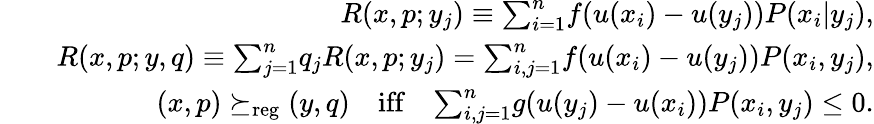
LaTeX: \begin{array}{rlr}&{}&{R(x,p;y_{j})\equiv{\sum}_{i=1}^{n}f(u(x_{i})-u(y_{j}))P(x_{i}|y_{j}),}\\ &{}&{R(x,p;y,q)\equiv{\sum}_{j=1}^{n}q_{j}R(x,p;y_{j})={\sum}_{i,j=1}^{n}f(u(x_{i})-u(y_{j}))P(x_{i},y_{j}),}\\ &{}&{(x,p)\succeq_{\mathrm{reg}}(y,q)\quad\mathrm{iff}\quad{\sum}_{i,j=1}^{n}g(u(y_{j})-u(x_{i}))P(x_{i},y_{j})\leq 0.}\end{array}